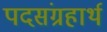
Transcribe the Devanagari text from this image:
पदसंग्रहार्थ